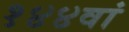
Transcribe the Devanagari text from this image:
१४४वां